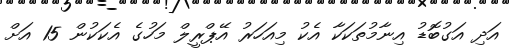
އަދި އަގުބޮޑު އިނާމުތަކަކާ އެކު މިއަހަރު އޭޕްރީލް މަހުގެ އެކަކުން 15 އަށް